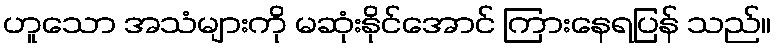
ဟူသော အသံများကို မဆုံးနိုင်အောင် ကြားနေရပြန် သည်။